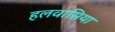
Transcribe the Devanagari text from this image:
हलवासिया